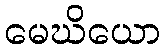
မေဃိယော